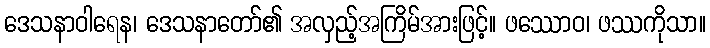
ဒေသနာဝါရေန၊ ဒေသနာတော်၏ အလှည့်အကြိမ်အားဖြင့်။ ဖဿောဝ၊ ဖဿကိုသာ။